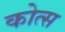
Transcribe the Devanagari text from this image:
कोत्स